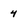
Character: 4